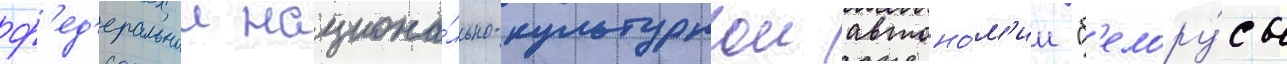
ф'ед'еральнои национа́льно-культурнои автоно́м'ии "б'елору́сы